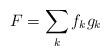
LaTeX: \begin{align*} F = \sum_{k} f_kg_k\end{align*}